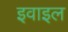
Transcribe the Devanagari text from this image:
इवाइल